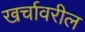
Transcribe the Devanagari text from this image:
खर्चावरील